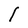
Character: l